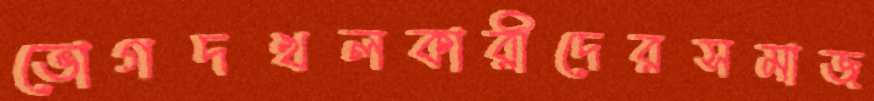
ভোগদখলকারীদেরসমাজ